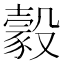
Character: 豰